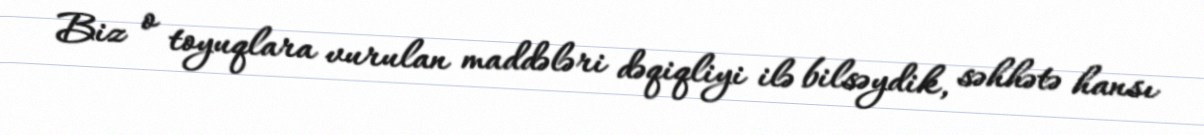
Biz o toyuqlara vurulan maddələri dəqiqliyi ilə bilsəydik, səhhətə hansı